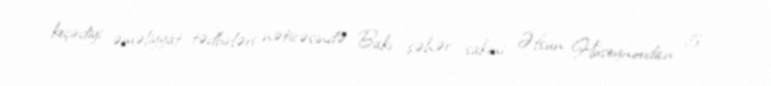
keçirdiyi əməliyyat tədbirləri nəticəsində Bakı şəhər sakini Əfsun Hüseynovdan 5